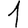
Digit: 1